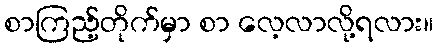
စာကြည့်တိုက်မှာ စာ လေ့လာလို့ရလား။